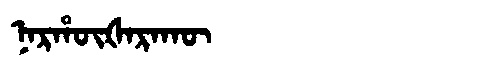
Manchu: ᠨᠠᡵᡥᡡᡧᠠᡵᠠᡴᡡ
Romanization: NARHŪŠARAKŪ